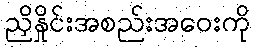
ညှိနှိုင်းအစည်းအဝေးကို